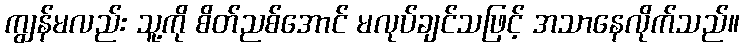
ကျွန်မလည်း သူ့ကို စိတ်ညစ်အောင် မလုပ်ချင်သဖြင့် အသာနေလိုက်သည်။